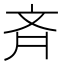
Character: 斉